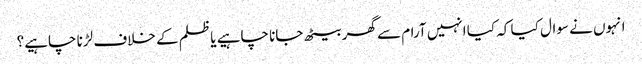
انہوں نے سوال کیا کہ کیا انہیں آرام سے گھر بیٹھ جانا چاہیے یا ظلم کے خلاف لڑنا چاہیے؟